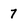
Character: 7